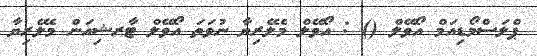
ޕްލަސްމޯޑިއަމް އޯވޭލް () : އޯވޭލް މެލޭރިޔާ ނުވަތަ އޯވޭލް ޓާރޝިއަން މެލޭރިޔާ